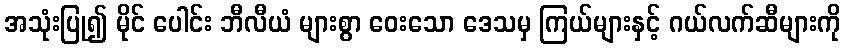
အသုံးပြု၍ မိုင် ပေါင်း ဘီလီယံ များစွာ ဝေးသော ဒေသမှ ကြယ်များနှင့် ဂယ်လက်ဆီများကို